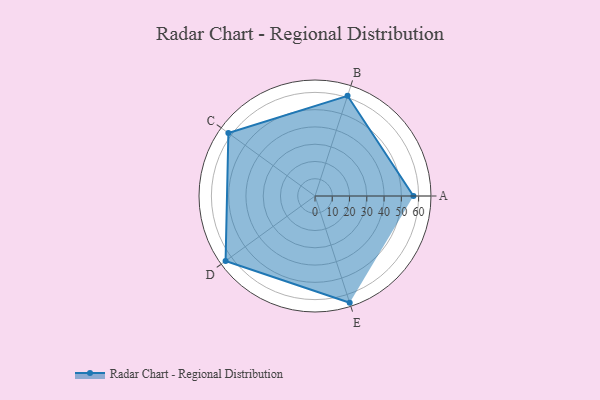
{"axis": {"x": "Skill", "y": "Score"}, "legend": ["Profile"], "data": [{"x": "A", "y": 57.0, "type": "Profile"}, {"x": "B", "y": 61.0, "type": "Profile"}, {"x": "C", "y": 62.0, "type": "Profile"}, {"x": "D", "y": 64.0, "type": "Profile"}, {"x": "E", "y": 65.0, "type": "Profile"}]}